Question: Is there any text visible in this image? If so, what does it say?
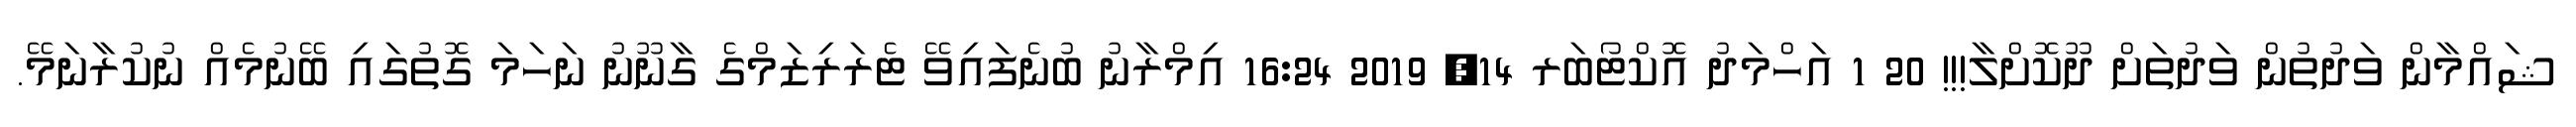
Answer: ޝައްމާން ވަދުތުން ވަދުތަށް ދޫކޮށްލާ!!! 20 1 އަހްމަދު އޮކްޓޯބަރ 14, 2019 16:24 އިމްރާނު ބުނެފައިވޭ ޓެރަރިޒަމްގެ ގާނޫނު ނަހަމަ ގޮތުގައި ބޭނުމެއް ނުކުރާނަމޭ.